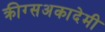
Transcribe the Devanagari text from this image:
क्रीग्सअकादेमी